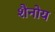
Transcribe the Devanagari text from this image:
शैनोय